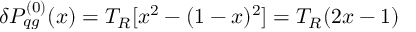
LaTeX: \delta P _ { q g } ^ { ( 0 ) } ( x ) = T _ { R } [ x ^ { 2 } - ( 1 - x ) ^ { 2 } ] = T _ { R } ( 2 x - 1 )